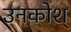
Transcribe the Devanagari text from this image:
उनकोश्